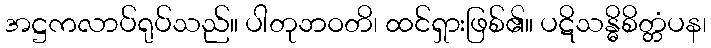
အဋ္ဌကလာပ်ရုပ်သည်။ ပါတုဘဝတိ၊ ထင်ရှားဖြစ်၏။ ပဋိသန္ဓိစိတ္တံပန၊